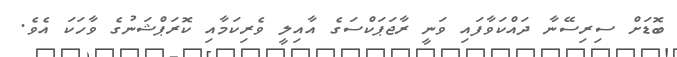
ބޮޑަށް ސިރިސޭނާ ދައްކަވާފައި ވަނީ ރާޖަޕަކްސަގެ އާއިލީ ވެރިކަމާއި ކޮރަޕްޝަނުގެ ވާހަކަ އެވެ.